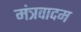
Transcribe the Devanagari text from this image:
मंत्रवादम